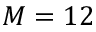
M = 1 2